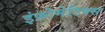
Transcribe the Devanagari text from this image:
इंफ़ोमेटिक्स